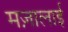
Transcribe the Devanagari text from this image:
मज़ालाई